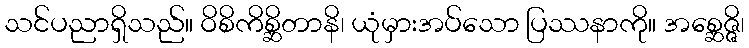
သင်ပညာရှိသည်။ ဝိစိကိစ္ဆိတာနိ၊ ယုံမှားအပ်သော ပြဿနာကို။ အစ္ဆေဇ္ဇိ၊